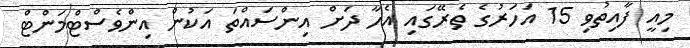
މިއީ ފާއިތުވި 15 އަހަރުގެ ތެރޭގައި އެހާ ދަށް އިންސައްތަ އަކުން އިންވެސްޓްމަންޓް